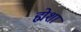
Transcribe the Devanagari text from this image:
ह्मेशा